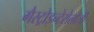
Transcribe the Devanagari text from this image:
गैस्ट्रोइन्टेरोलोजी